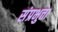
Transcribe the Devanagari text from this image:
संप्रभुत्ता